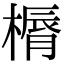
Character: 𣘣